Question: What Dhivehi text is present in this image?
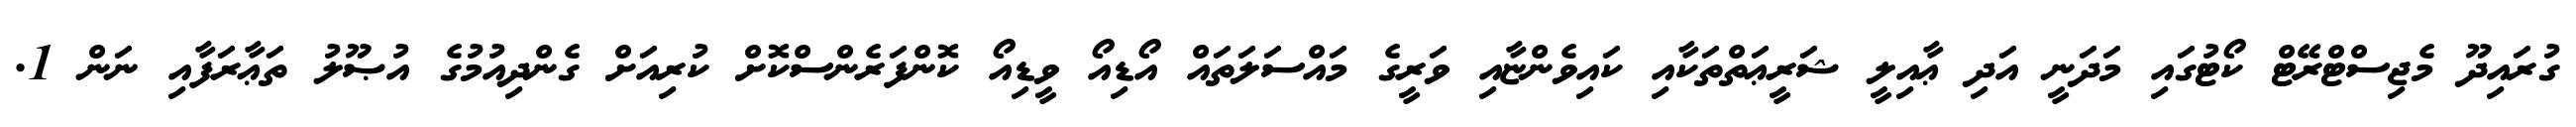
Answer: ގުރައިދޫ މެޖިސްޓްރޭޓް ކޯޓުގައި މަދަނީ އަދި ޢާއިލީ ޝަރީޢަތްތަކާއި ކައިވެންޏާއި ވަރީގެ މައްސަލަތައް އޯޑިއޯ ވީޑިއޯ ކޮންފަރެންސްކޮށް ކުރިއަށް ގެންދިއުމުގެ އުޞޫލު ތަޢާރަފާއި ނަން 1.